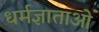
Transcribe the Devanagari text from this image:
धर्मज्ञाताओं